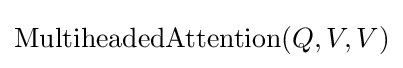
\mathrm {MultiheadedAttention} (Q,V,V)